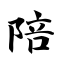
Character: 陪